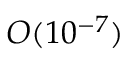
O ( 1 0 ^ { - 7 } )